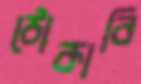
ঠোকাবি